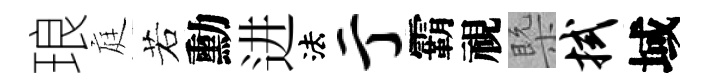
琅庭若勳进法亍霸視槩拭域